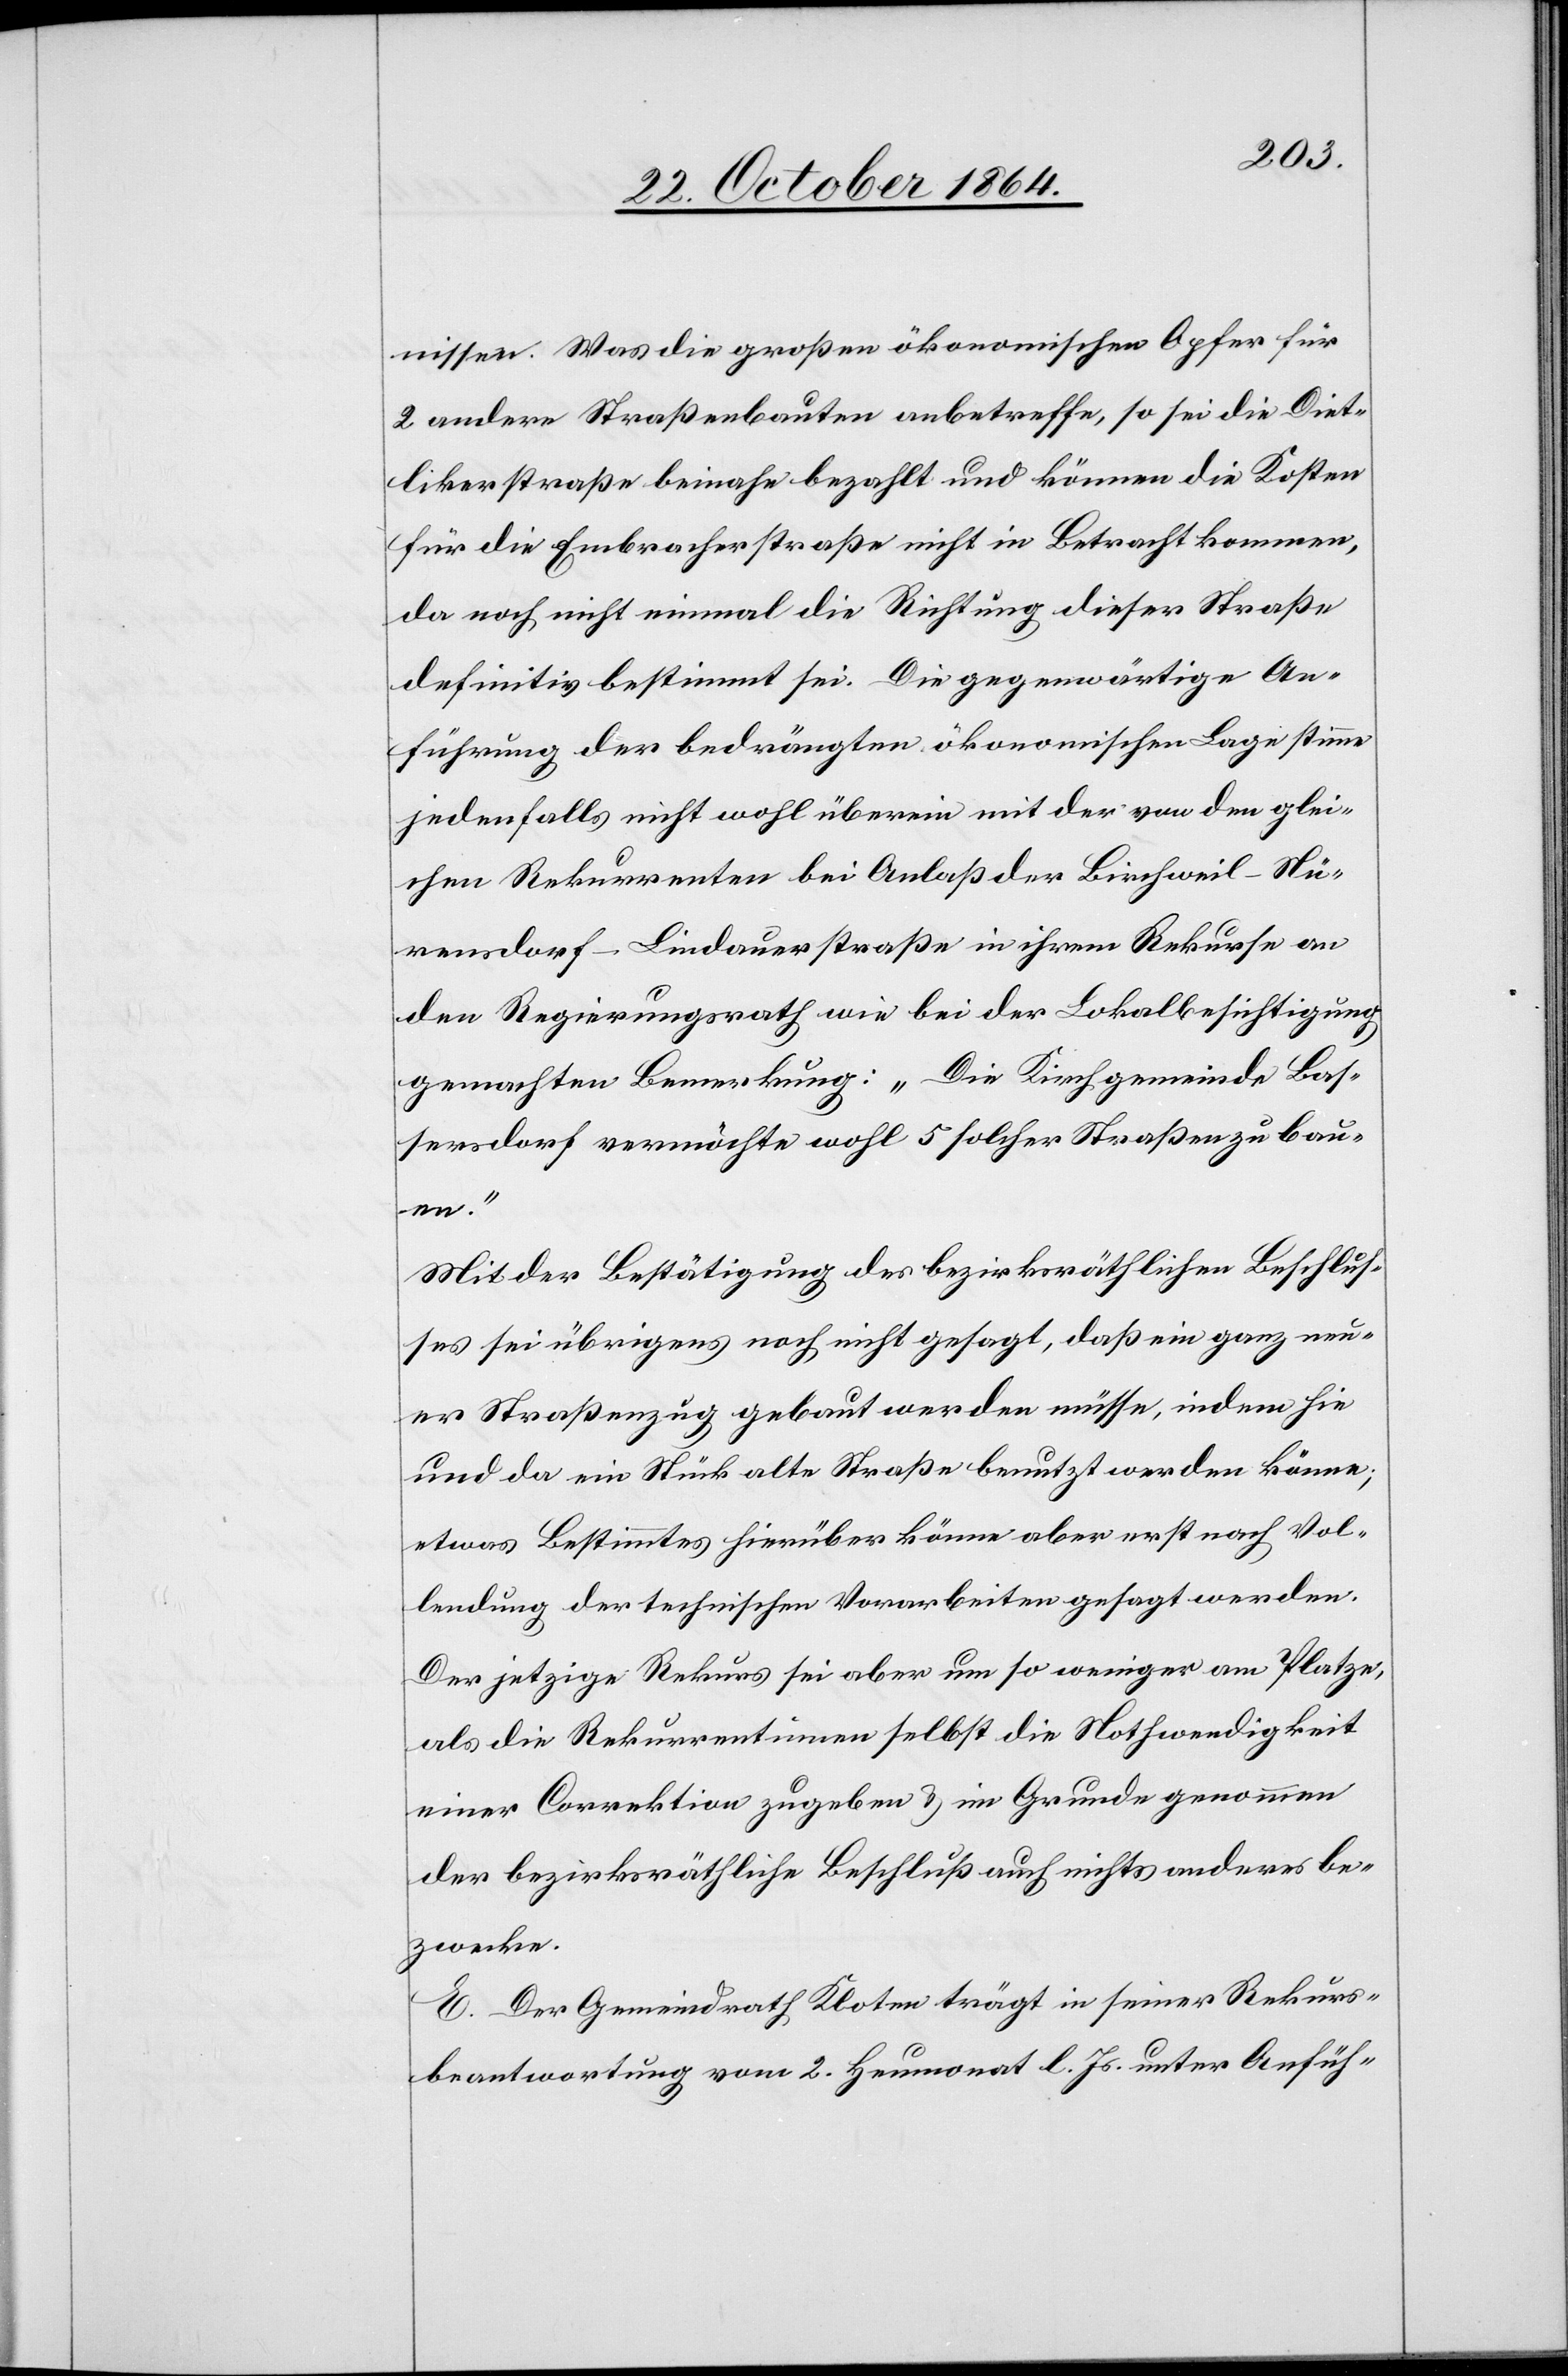
nissen. Was die großen ökonomischen Opfer für
2 andere Straßenbauten anbetreffe, so sei die Diet¬
likonerstraße beinahe bezahlt und können die Kosten
für die Embracherstraße nicht in Betracht kommen,
da noch nicht einmal die Richtung dieser Straße
definitiv bestimmt sei. Die gegenwärtige An¬
führung der bedrängten ökonomischen Lage stimme
jedenfalls nicht wohl überein mit der von den glei¬
chen Rekurrenten bei Anlaß der Birchweil–Nü¬
rensdorf–Lindauerstraße in ihrem Rekurse an
den Regierungsrath wie bei der Lokalbesichtigung
gemachten Bemerkung: „Die Kirchgemeinde Bas¬
sersdorf vermöchte wohl 5 solcher Straßen zu bau¬
en.“
Mit der Bestätigung des bezirksräthlichen Beschlus¬
ses sei übrigens noch nicht gesagt, daß ein ganz neu¬
er Straßenzug gebaut werden müsse, indem hie
und da ein Stück alte Straße benutzt werden könne;
etwas Bestimmtes hierüber könne aber erst nach Vol¬
lendung der technischen Vorarbeiten gesagt werden.
Der jetzige Rekurs sei aber um so weniger am Platze,
als die Rekurrentinnen selbst die Nothwendigkeit
einer Correktion zugeben & im Grunde genommen
der bezirksräthliche Beschluß auch nichts anderes be¬
zwecke.
E. Der Gemeindrath Kloten trägt in seiner Rekurs¬
beantwortung vom 2. Heumonat l. Js. unter Anfüh-